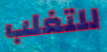
للتغلب